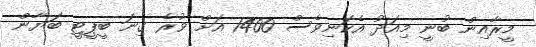
މީރާއިން ބުނީ މިއަދު އެކަނިވެސް 1400 އަށް ވުރެ ގިނަ ބީޕީޓީ ބަޔާން